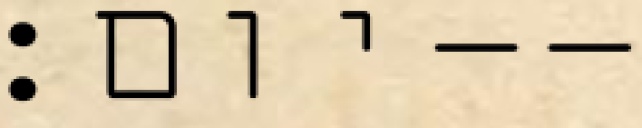
יום׃--